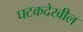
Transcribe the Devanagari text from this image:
घटकदेखील